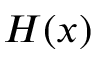
H ( x )